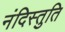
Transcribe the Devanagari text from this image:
नंदिस्तुति